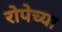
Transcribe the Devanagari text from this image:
रोपेच्या